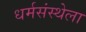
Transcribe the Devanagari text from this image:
धर्मसंस्थेला